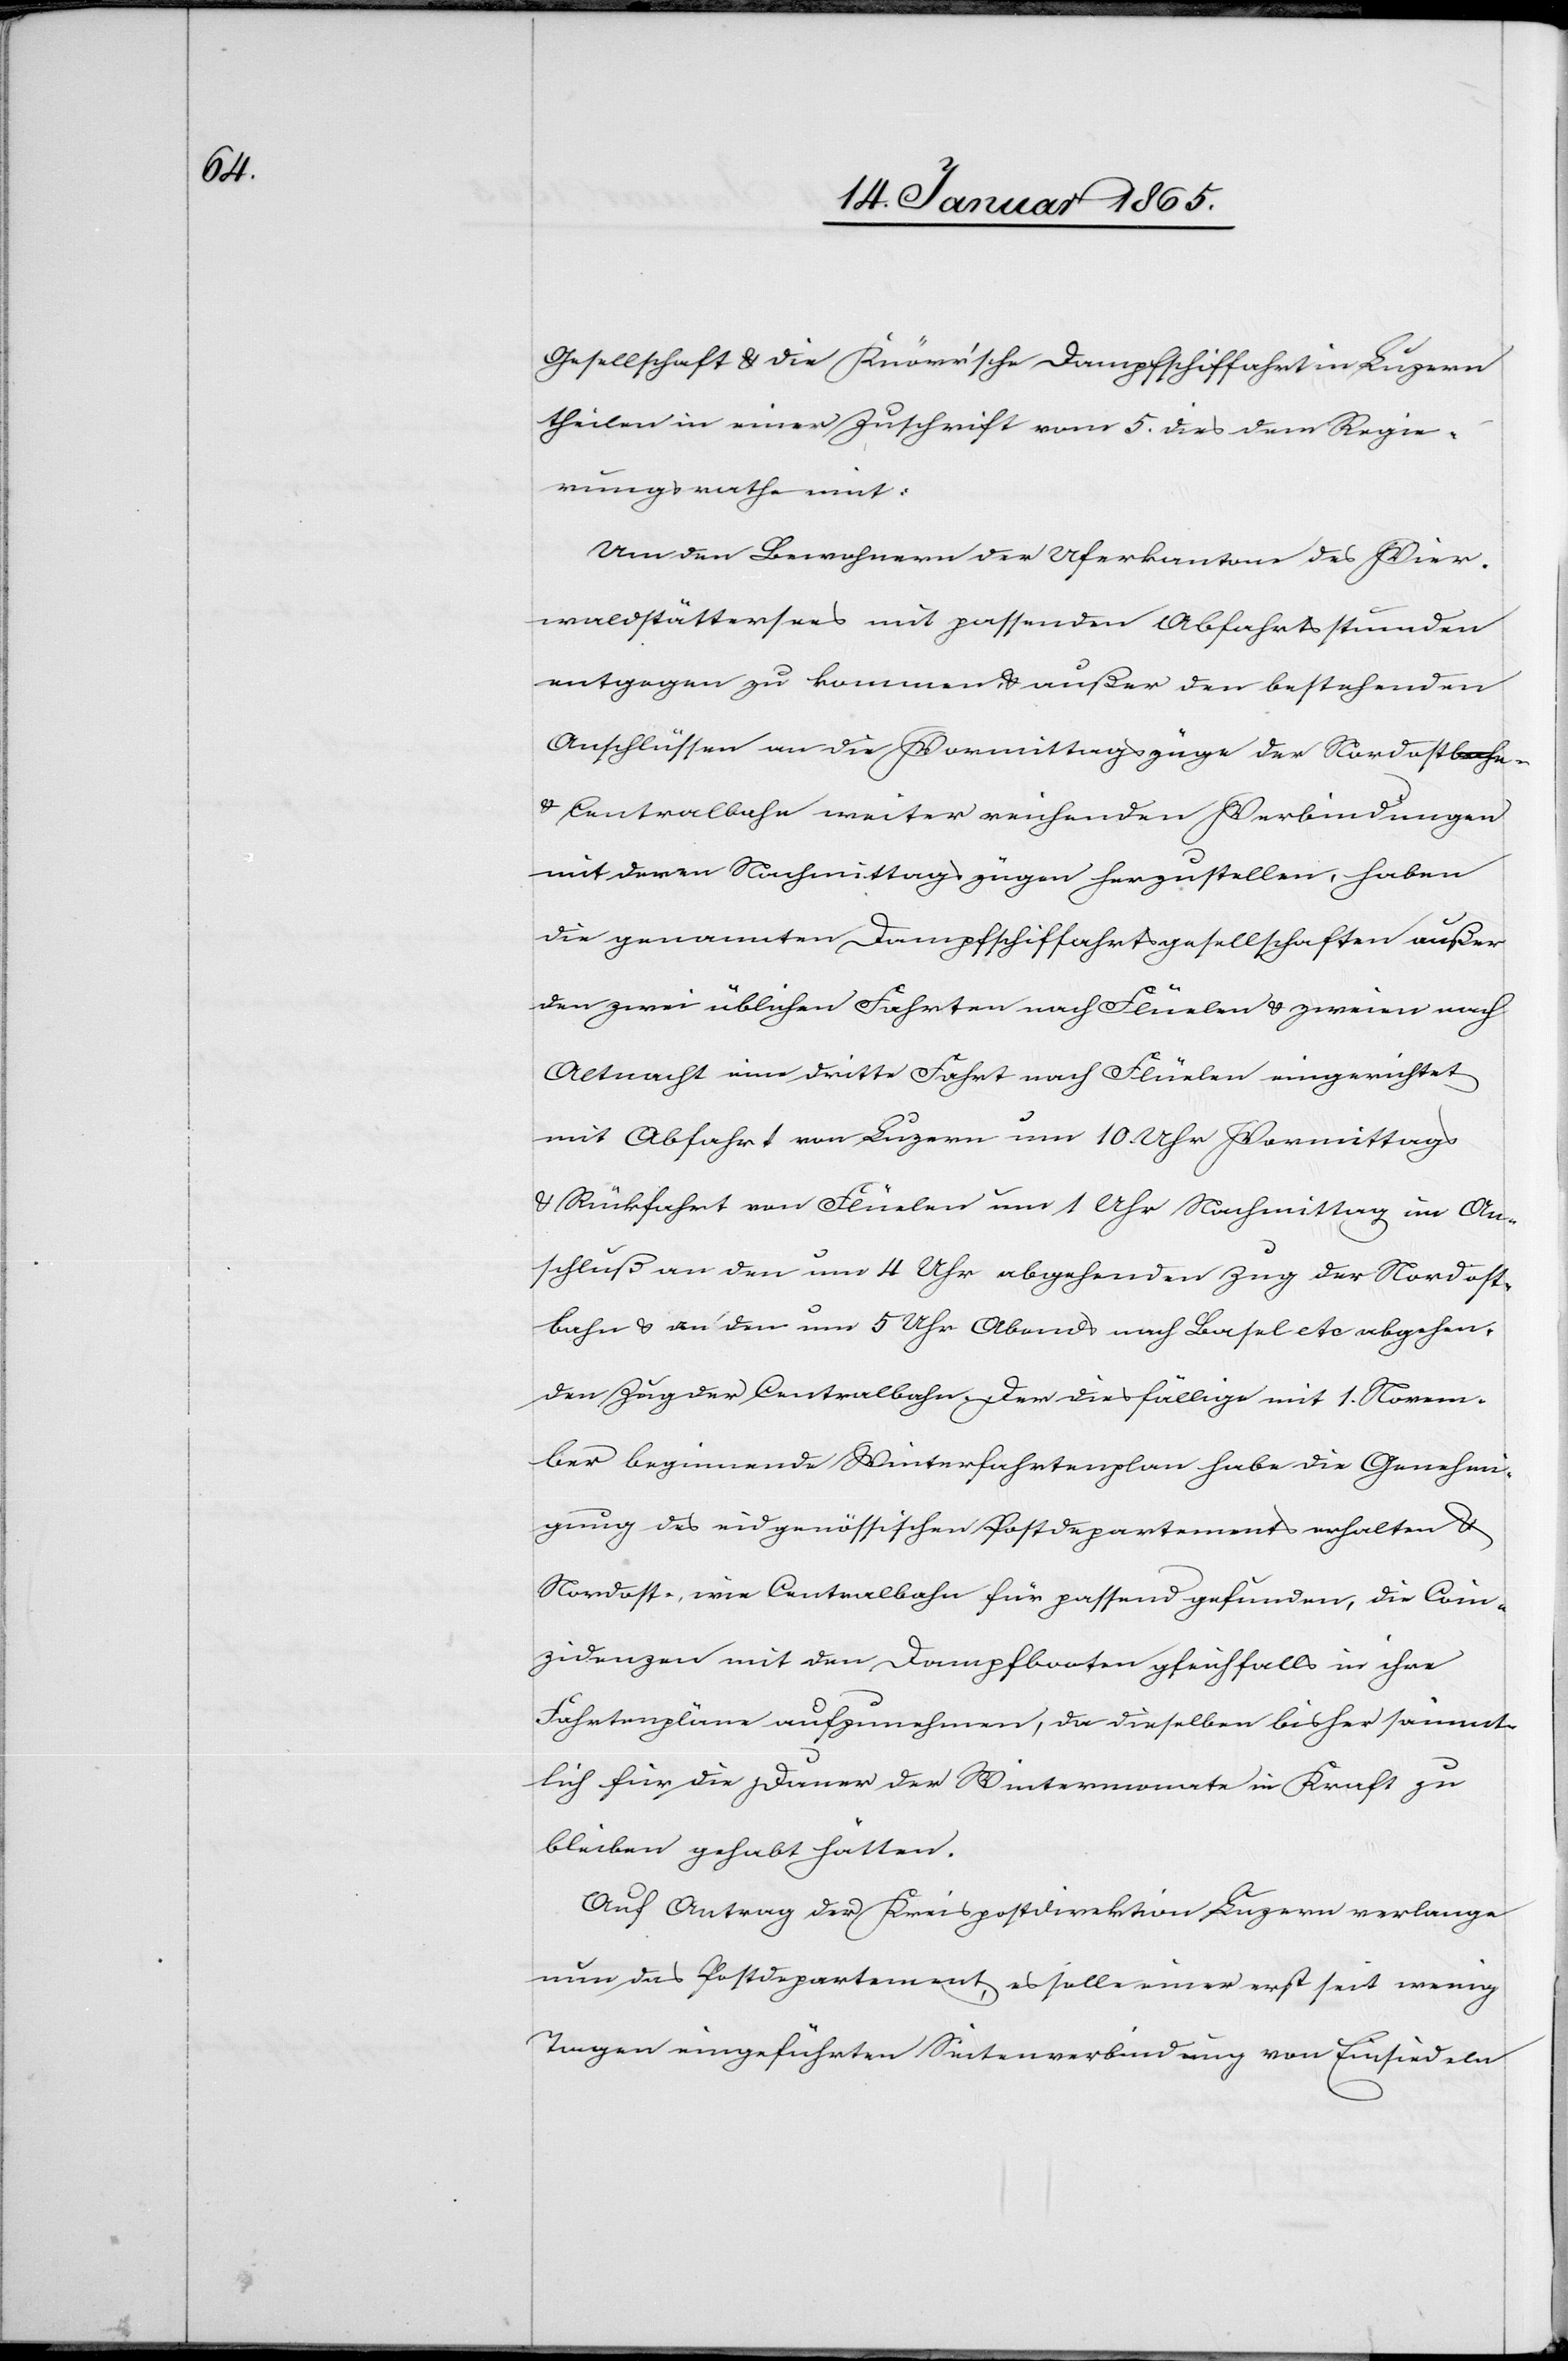
Gesellschaft u. die Knörr’sche Dampfschiffahrt in Luzern
theilen in einer Zuschrift vom 5. dies dem Regie¬
rungsrathe mit:
Um den Bewohnern der Uferkantone des Vier¬
waldstättersees mit passenden Abfahrtsstunden
entgegen zu kommen u. außer den bestehenden
Anschlüssen an die Vormittagszüge der Nordostbahn-
u. Centralbahn weiter reichenden Verbindungen
mit deren Nachmittagszügen herzustellen, haben
die genannten Dampfschiffahrtsgesellschaften außer
den zwei üblichen Fahrten nach Flüelen u. zweien nach
Altnacht eine dritte Fahrt nach Flüelen eingerichtet
mit Abfahrt von Luzern um 10 Uhr Vormittags
u. Rückfahrt von Flüelen um 1 Uhr Nachmittag im An¬
schluß an den um 4 Uhr abgehenden Zug der Nordost¬
bahn u. an den um 5 Uhr Abends nach Basel etc abgehen¬
den Zug der Centralbahn. Der diesfällige mit 1. Novem¬
ber beginnende Winterfahrtenplan habe die Genehmi¬
gung des eidgenössischen Postdepartements erhalten u.
Nordost-, wie Centralbahn für passend gefunden, die Coin¬
zidenzen mit den Dampfbooten gleichfalls in ihre
Fahrtenpläne aufzunehmen, da dieselben bisher sämmt¬
lich für die Dauer der Wintermonate in Kraft zu
bleiben gehabt hätten.
Auf Antrag der Kreispostdirektion Luzern verlange
nun das Postdepartement, es solle einer erst seit wenig[en]
Tagen eingeführten Seitenverbindung von Einsiedeln